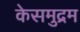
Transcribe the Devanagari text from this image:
केसमुद्रम